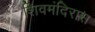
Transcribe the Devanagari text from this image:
शिवमंदिरास